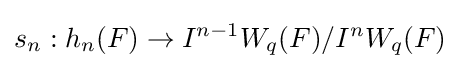
s_{n}:h_{n}(F)\to I^{n-1}W_{q}(F)/I^{n}W_{q}(F)